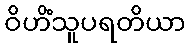
ဝိဟိံသူပရတိယာ